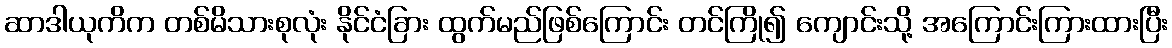
ဆာဒါယုကိက တစ်မိသားစုလုံး နိုင်ငံခြား ထွက်မည်ဖြစ်ကြောင်း တင်ကြို၍ ကျောင်းသို့ အကြောင်းကြားထားပြီး